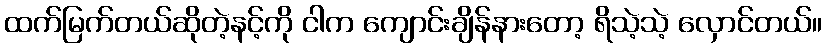
ထက်မြက်တယ်ဆိုတဲ့နင့်ကို ငါက ကျောင်းချိန်နားတော့ ရိသဲ့သဲ့ လှောင်တယ်။